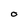
Character: O